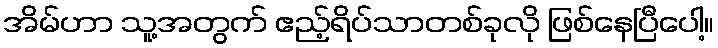
အိမ်ဟာ သူ့အတွက် ဧည့်ရိပ်သာတစ်ခုလို ဖြစ်နေပြီပေါ့။